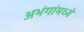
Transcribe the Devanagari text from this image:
अभंगांमध्ये